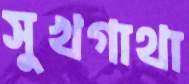
সুখগাথা